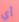
أي